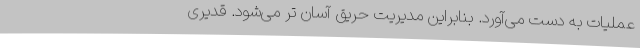
عملیات به دست می‌آورد. بنابراین مدیریت حریق آسان تر می‌شود. قدیری